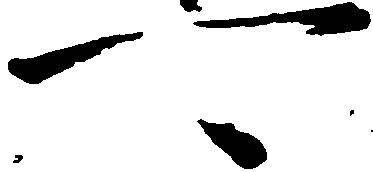
可